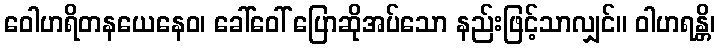
ဝေါဟရိတနယေနေဝ၊ ခေါ်ဝေါ် ပြောဆိုအပ်သော နည်းဖြင့်သာလျှင်။ ဝါဟရန္တိ၊